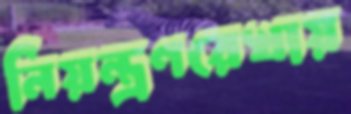
নিয়ন্ত্রণরেখায়